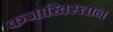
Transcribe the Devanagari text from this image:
कजाखिस्तान